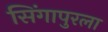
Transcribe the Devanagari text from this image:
सिंगापुरला